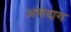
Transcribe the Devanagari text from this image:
अणदाग